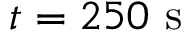
t = 2 5 0 ~ \mathrm { s }